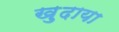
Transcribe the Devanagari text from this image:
ख़ु़दाया